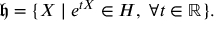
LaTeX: { \mathfrak { h } } = \{ X \mid e ^ { t X } \in H , \, \, \forall t \in \mathbb { R } \} .